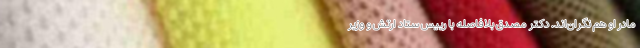
مادر او هم نگران‌اند. دکتر مصدق بلافاصله با رییس ستاد ارتش و وزیر